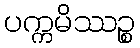
ပက္ကမိဿဉ္စ